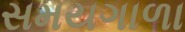
સમયગાળા